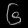
Digit: ၆